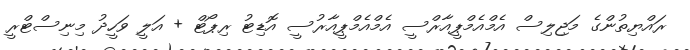
ރައްޔިތުންގެ މަޖިލިސް އެމްއެމްޕީއާރްސީ އެމްއެމްޕީއާރުސީ އޮޑިޓު ރިޕޯޓް + އަލީ ވަހީދު މިނިސްޓްރީ